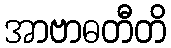
အာဗာဓတီတိ